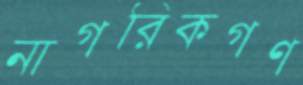
নাগরিকগণ